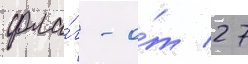
фла́г - о́т 27